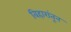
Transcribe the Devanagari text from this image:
विहारांतून